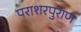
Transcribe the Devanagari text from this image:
पराशरपुराण